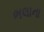
ભલાના